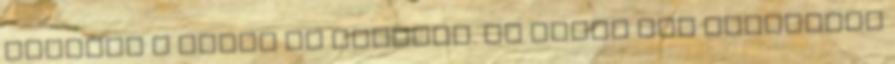
darabot a tóból is megvett. De akkor hol juthatunk